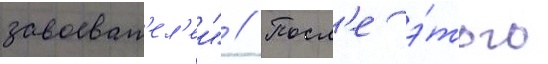
завоеват'ел'еи" // Посл'е э́того